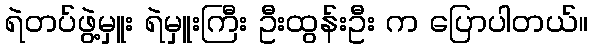
ရဲတပ်ဖွဲ့မှူး ရဲမှူးကြီး ဦးထွန်းဦး က ပြောပါတယ်။